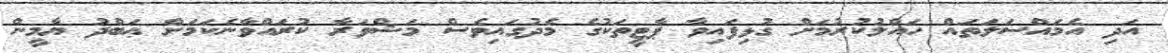
އަދި އެމައްސަލަތައް ހައްލުކުރުމަށް ގުޅިފައިވާ ޕާޓީތަކުގެ މެދުގައިވެސް މަޝްވަރާ ކުރައްވާނެކަމަށް ޢަބްދު ޔާމީން